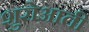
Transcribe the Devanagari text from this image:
शुरोआती